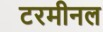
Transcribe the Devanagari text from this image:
टरमीनल